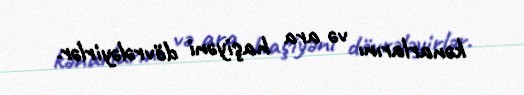
kənarlarını və ara haşiyəni dövrələyirlər.